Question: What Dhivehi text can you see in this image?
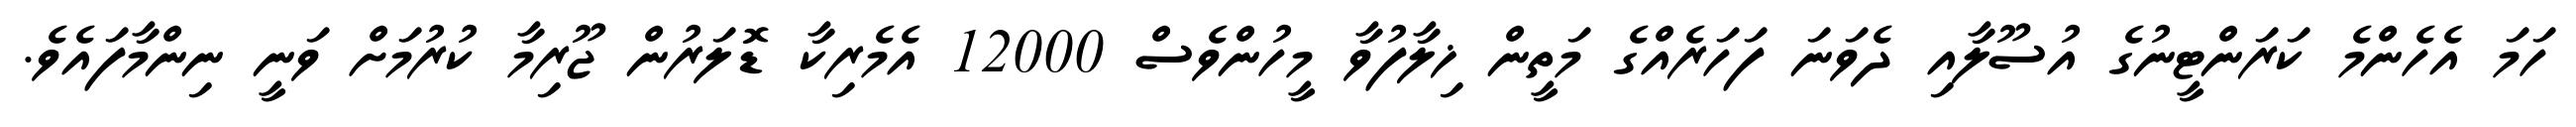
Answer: ހަމަ އެހެންމެ ކަރަންޓީނުގެ އުސޫލާއި ދެވަނަ ފަހަރެއްގެ މަތީން ޚިލާފުވާ މީހުންވެސް 12000 އެމެރިކާ ޑޮލަރުން ޖޫރިމާ ކުރުމަށް ވަނީ ނިންމާފައެވެ.